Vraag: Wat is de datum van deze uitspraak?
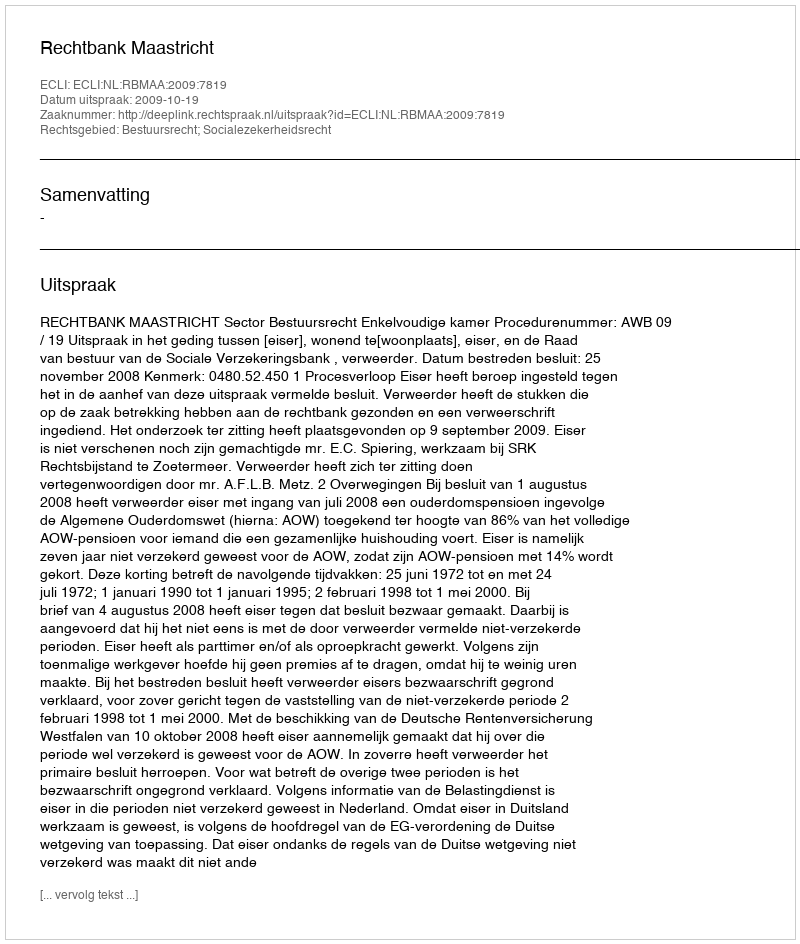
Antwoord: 2009-10-19